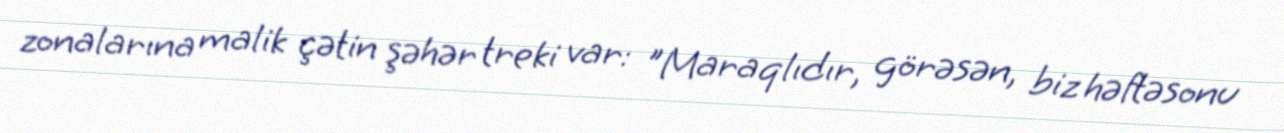
zonalarına malik çətin şəhər treki var: "Maraqlıdır, görəsən, biz həftəsonu